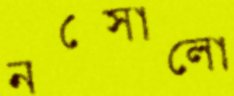
নক্সোলো